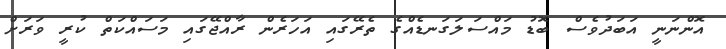
އޮންނަނީ އަބަދުވެސް ބޮޑު މައްސަލަގަނޑެއްގެ ތެރޭގައި އަހަރެން ރާއްޖޭގައި މަސައްކަތް ކުރީ ވަރަށް